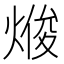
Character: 𭵘